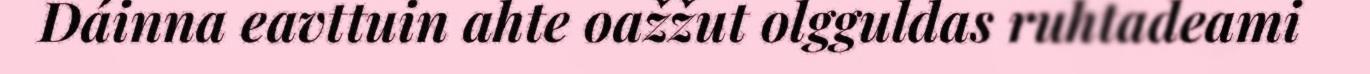
Dáinna eavttuin ahte oažžut olgguldas ruhtadeami